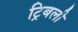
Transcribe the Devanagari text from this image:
ट्रिबली